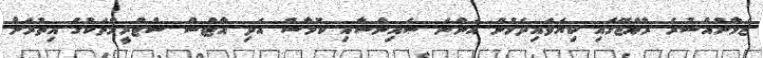
ޒަމާނުއްސުރެ ރާއްޖޭގައި ކިޔަވައިދެމުން އަންނަ ސައިންސާއި ކޮމާސް އަދި އާޓްސް ސްޓްރީމްތަކުގެ އިތުރަށް